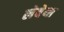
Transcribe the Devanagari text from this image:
लेबेया